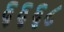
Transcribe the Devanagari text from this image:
६६६८